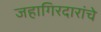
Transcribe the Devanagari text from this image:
जहागिरदारांचे